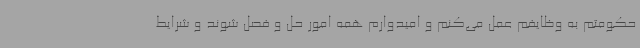
حکومتم به وظایفم عمل می‌کنم و امیدوارم همه امور حل و فصل شوند و شرایط